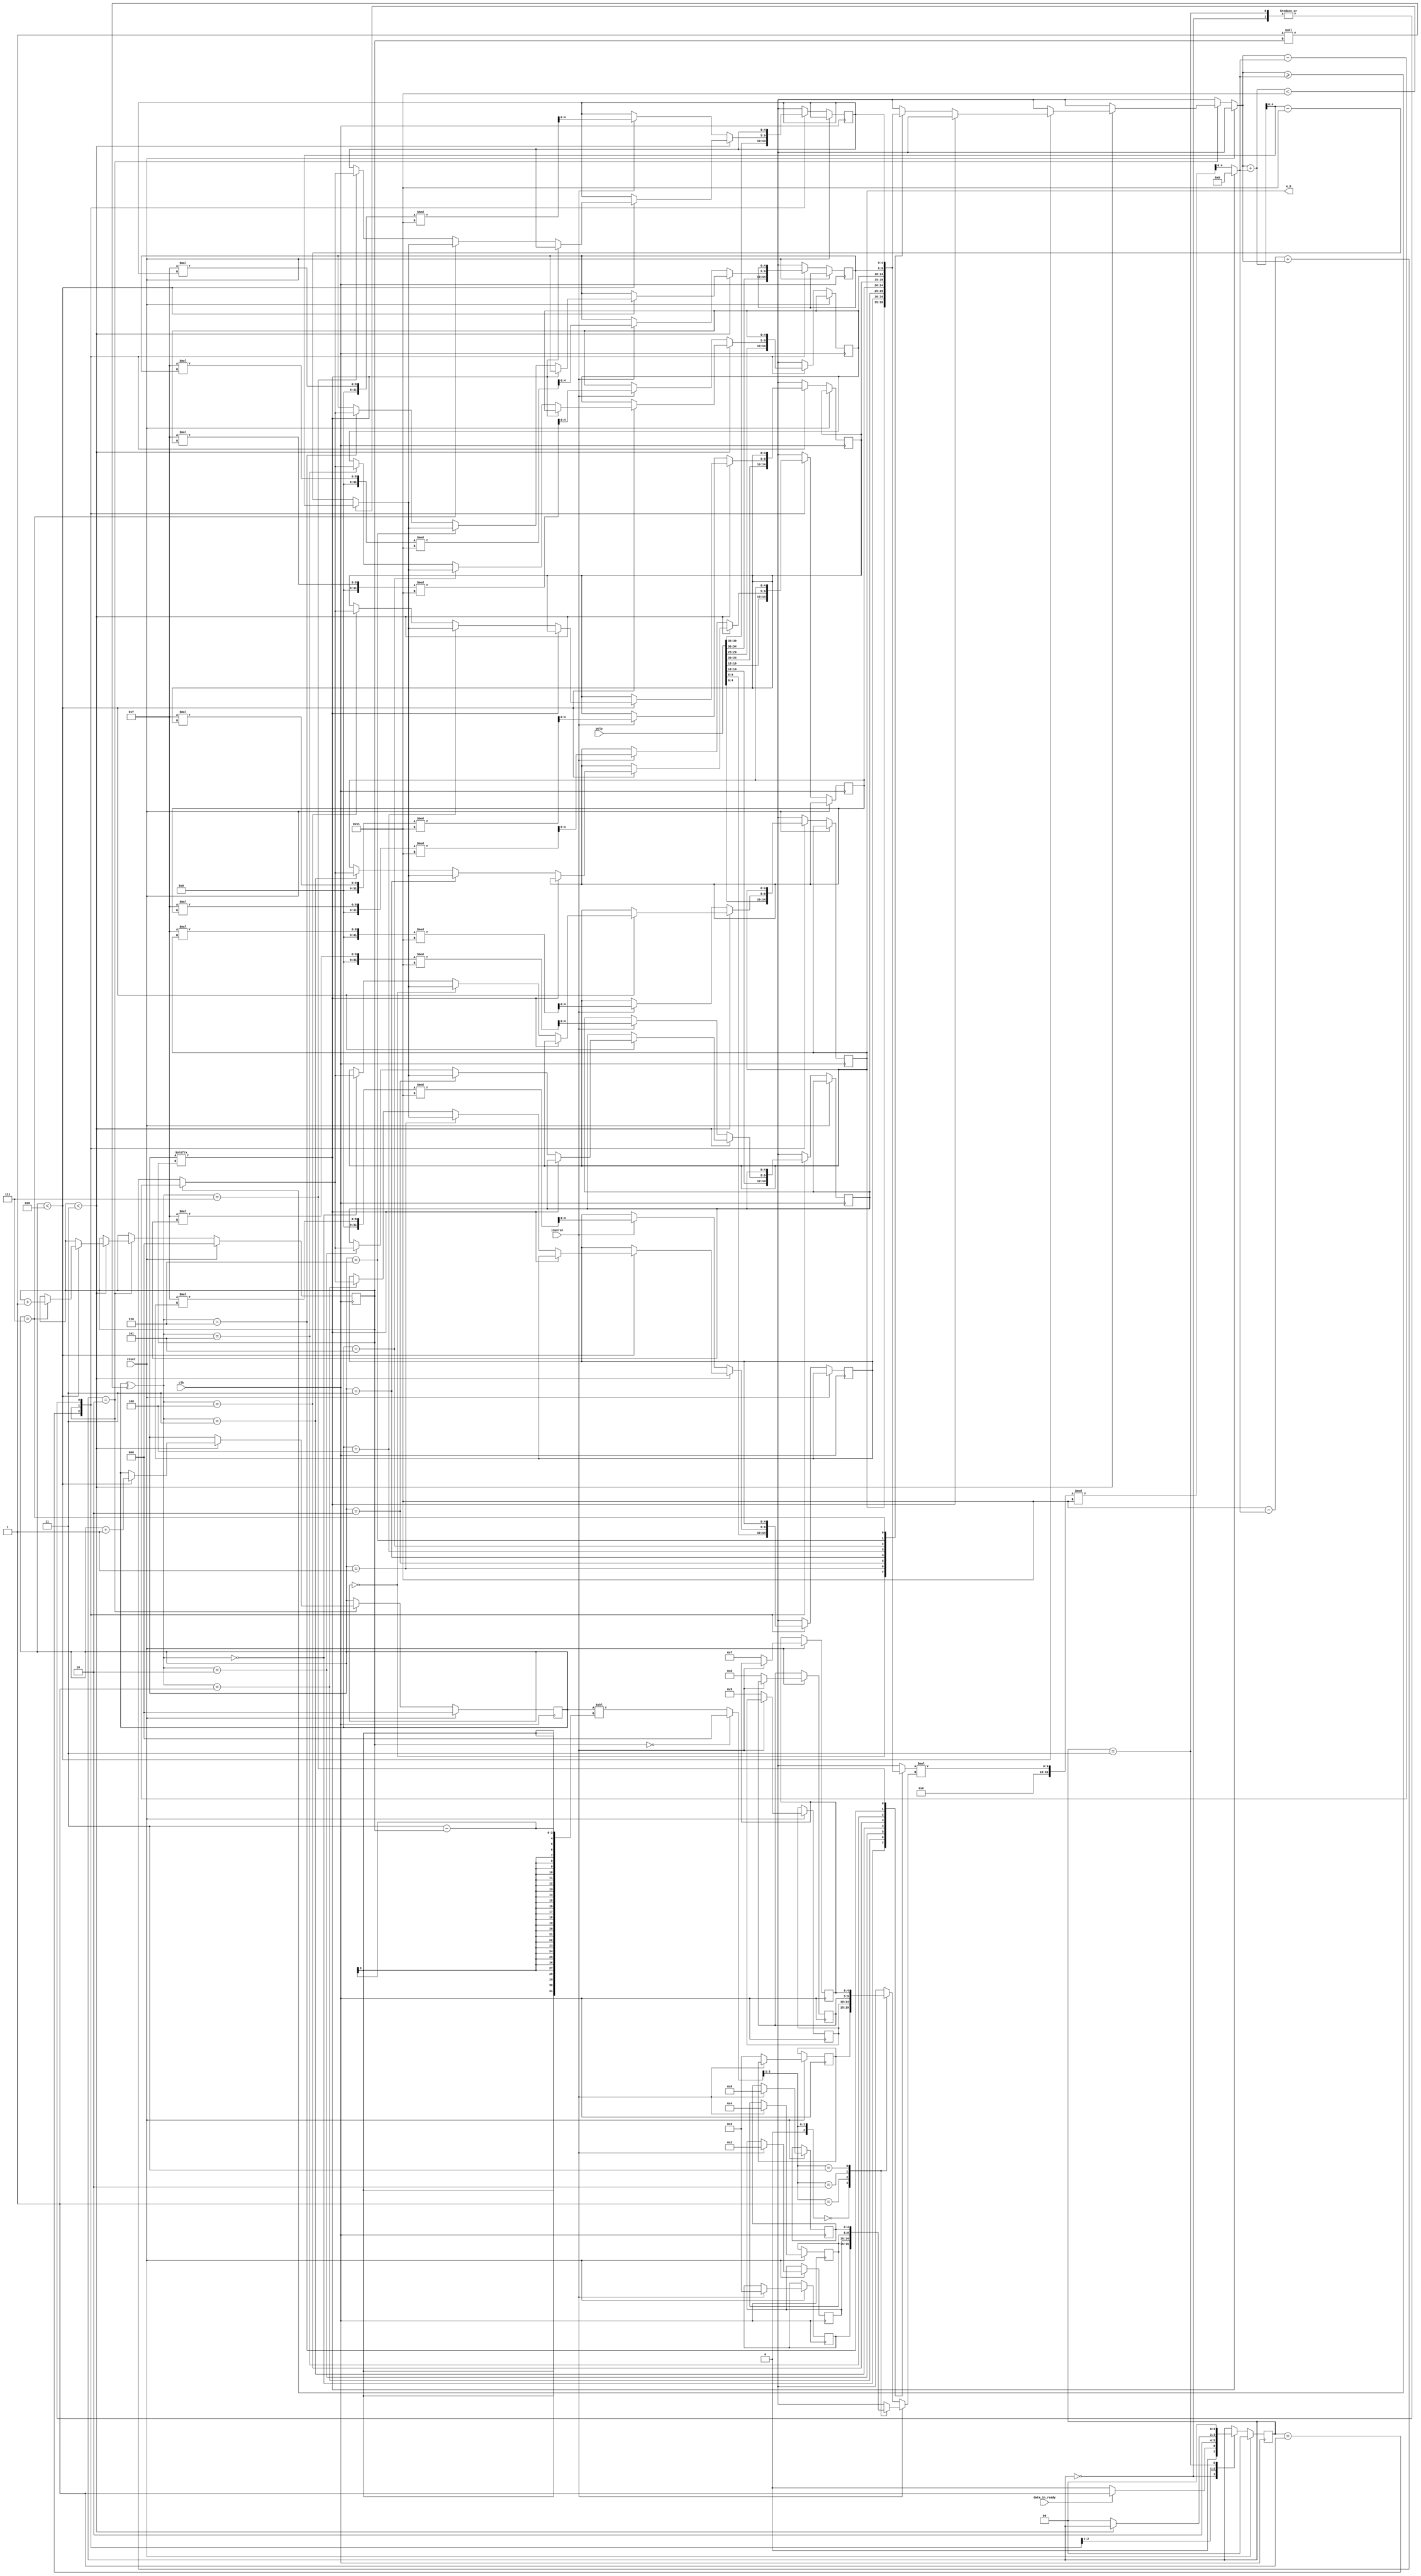
`timescale 1ns / 1ps

/** @module : Butterfly_NTT
 *  @author : Secure Trusted and Assured Microelectronics (STAM) Center

 *  Copyright (c) 2023 PQC.Secure (STAM/SCAI/ASU)
 *  Permission is hereby granted, free of charge, to any person obtaining a copy
 *  of this software and associated documentation files (the "Software"), to deal
 *  in the Software without restriction, including without limitation the rights
 *  to use, copy, modify, merge, publish, distribute, sublicense, and/or sell
 *  copies of the Software, and to permit persons to whom the Software is
 *  furnished to do so, subject to the following conditions:
 *  The above copyright notice and this permission notice shall be included in
 *  all copies or substantial portions of the Software.
 *
 *  THE SOFTWARE IS PROVIDED "AS IS", WITHOUT WARRANTY OF ANY KIND, EXPRESS OR
 *  IMPLIED, INCLUDING BUT NOT LIMITED TO THE WARRANTIES OF MERCHANTABILITY,
 *  FITNESS FOR A PARTICULAR PURPOSE AND NONINFRINGEMENT. IN NO EVENT SHALL THE
 *  AUTHORS OR COPYRIGHT HOLDERS BE LIABLE FOR ANY CLAIM, DAMAGES OR OTHER
 *  LIABILITY, WHETHER IN AN ACTION OF CONTRACT, TORT OR OTHERWISE, ARISING FROM,
 *  OUT OF OR IN CONNECTION WITH THE SOFTWARE OR THE USE OR OTHER DEALINGS IN
 *  THE SOFTWARE.
 *
 *
 */

/*********************************************************************************
*                              NTT_Butterfly_Optimized                           *
*********************************************************************************/

module Butterfly_NTT(
    clk, 
    reset, 
    data_in_ready,
    inverse,
    poly,
    a_0
    );
    
            parameter p = 17;
            parameter N = 8;
            parameter logN = $clog2(N);
            parameter logP = $clog2(p);
            parameter Nb = N * logP;
            parameter mF = 15;
            integer i;
                
            input wire clk;
            input wire reset;
            input wire data_in_ready;
            input wire inverse;
            input wire [Nb-1:0] poly;
             
            output [logP-1:0] a_0; //polynomial a
               
            reg [logN-1:0] STAGE; //stages in Butterfly
            wire [logP-1:0] VAR;
            reg [logN-1:0] CNT; //counter
            wire [logN-1:0] CNT_h;
            wire [logN-1:0] k; //index to various omega powers
            wire [logN-1:0] k_sft; //index to various omega powers
            reg NTT_done; //indicates NTT result is ready
            reg [1:0] STATE; //STATE = 00(IDLE), STATE = 01(Copy data), STATE = 10(Computations)
            
            parameter IDLE = 0;
            parameter DATAREADY = 1;
            parameter COMPUTATIONS = 2;
            parameter UNUSED = 3;
            
            reg [logP-1:0] w [0:N-1];
            reg [logP-1:0] iw [0:N-1];
            reg [logP-1:0] a [0:N-1];
            
            //assign TNC_h = TNC ^ (1 << logN-1-STAGE);
            assign CNT_h = CNT ^ (1 << STAGE);
            assign VAR = (CNT[STAGE] == 0) ? (a[CNT_h] * ((inverse == 0) ? w[k] : iw[k])) % p : 0;
            assign a_0 = a[0];
            
            // Alan told us this 
            assign k_sft = (STAGE == 0) ? 0 : (CNT << (logN - STAGE)); 
            assign k = {1'b0, k_sft[logN-1:1]};
            
              
            always @(posedge clk)
            begin
                if(reset)
                    begin
                        STAGE <= 0;
                        CNT <= 0;
                        STATE <= 0;
                        NTT_done <= 0;
                        if(inverse)
                            begin
                                iw[0] = 1;
                                iw[1] = 2;
                                iw[2] = 4;
                                iw[3] = 8;
                                iw[4] = 16;
                                iw[5] = 15;
                                iw[6] = 13;
                                iw[7] = 9;
                            end
                        else
                            begin                   
                                w[0] = 1;
                                w[1] = 9;
                                w[2] = 13;
                                w[3] = 15;
                                w[4] = 16;
                                w[5] = 8;
                                w[6] = 4;
                                w[7] = 2;
                            end
                    end 
                else 
                    case(STATE)
                    IDLE:
                    begin
                        if(data_in_ready)
                            begin                                    
                            STATE <= DATAREADY;
                            end
                        else
                            STATE <= IDLE;
                    end // end IDLE
                    
                    DATAREADY:
                    begin
                        a[0] = poly[logP-1:0];
                        a[1] = poly[logP*2-1:logP];
                        a[2] = poly[logP*3-1:logP*2];
                        a[3] = poly[logP*4-1:logP*3];
                        a[4] = poly[logP*5-1:logP*4];
                        a[5] = poly[logP*6-1:logP*5];
                        a[6] = poly[logP*7-1:logP*6];
                        a[7] = poly[logP*8-1:logP*7];
                        //data_in_ready = 0;
                        STATE <= COMPUTATIONS;
                    end // end DATAREADY
                    
                    COMPUTATIONS:
                    if(STAGE < logN)
                    begin
                        if(CNT < N)
                        begin
                            CNT <= CNT + 1;
                            if (CNT == N-1)
                                STAGE <= STAGE + 1;         
                            
                            if(CNT[STAGE] == 0)
                            begin
                                a[CNT_h] <= (a[CNT] >= VAR) ? (a[CNT] - VAR) : (p - VAR + a[CNT]);
                                a[CNT] <= (a[CNT] + VAR < p) ? (a[CNT] + VAR) : (a[CNT] + VAR - p);
                            end                    
                        end
                    end
                    else
                    begin
                        if(inverse)
                        begin                        
                            for (i = 0; i < N; i = i + 1)		
                                    a[i] = (mF * a[i]) % p;
                        end
                        NTT_done = 1;
                        STATE <= IDLE;
                    end
                    
                    UNUSED:
                    begin
                        STATE <= IDLE;
                    end
                    endcase
            end 
endmodule